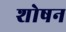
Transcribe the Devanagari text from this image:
शोषन